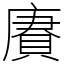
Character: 賡